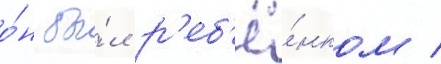
о́н бы́л р'еб'ё́нком /